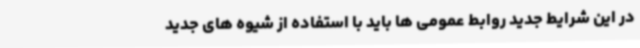
در این شرایط جدید روابط عمومی ‌ها باید با استفاده از شیوه‌ های جدید